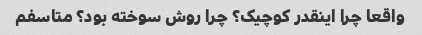
واقعا چرا اینقدر کوچیک؟ چرا روش سوخته بود؟ متاسفم